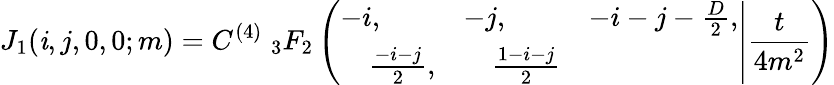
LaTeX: J_{1}(\mathit{i},j,0,0;m)=C^{(4)}\; _{3}F_{2}\left(\left.\begin{array}{lll}{{-i,}}&{{-j,}}&{{-i-j-\frac{D}{2},}}\\ {{\quad\frac{-i-j}{2},}}&{{\quad\frac{1-i-j}{2}}}\end{array}\right|\frac{{t}}{{4m^{2}}}\right)